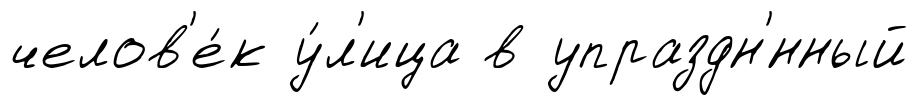
челов'е́к у́л'ица в упраздн'́нный